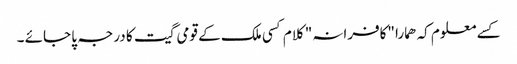
کسے معلوم کہ ھمارا "کافرانہ" کلام کسی ملک کے قومی گیت کا درجہ پا جائے ۔